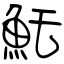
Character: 魠